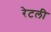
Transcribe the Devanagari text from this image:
रेटली